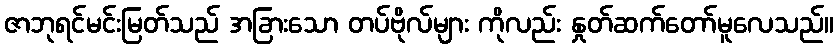
ဇာဘုရင်မင်းမြတ်သည် အခြားသော တပ်ဗိုလ်များ ကိုလည်း နှုတ်ဆက်တော်မူလေသည်။